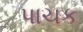
પાચક